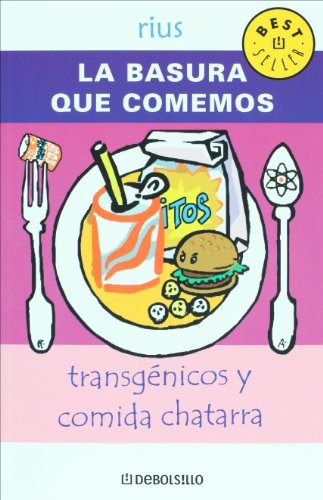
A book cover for La basura que comemos. Transgenicos y comida chatarra (Spanish Edition); Rius; Health, Fitness & Dieting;